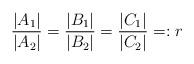
LaTeX: \begin{align*}\frac{|A_1|}{|A_2|}=\frac{|B_1|}{|B_2|}=\frac{|C_1|}{|C_2|}=:r\end{align*}